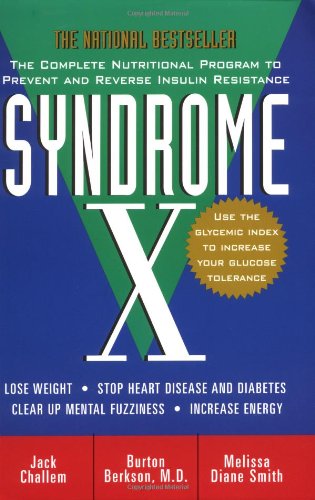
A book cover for Syndrome X: The Complete Nutritional Program to Prevent and Reverse Insulin Resistance; Jack Challem; Health, Fitness & Dieting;